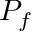
P _ { f }